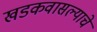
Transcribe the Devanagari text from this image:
खडकवासल्याचे